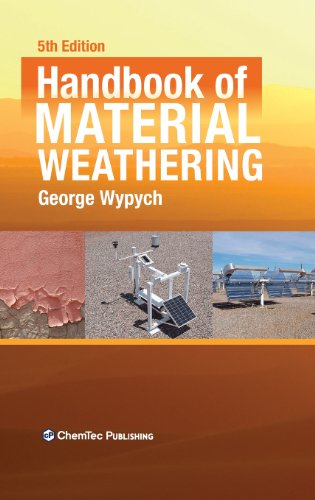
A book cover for Handbook of Material Weathering, Fifth Edition; George Wypych; Science & Math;